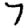
Digit: 7